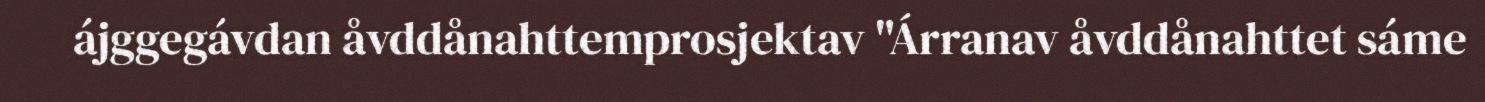
ájggegávdan åvddånahttemprosjektav "Árranav åvddånahttet sáme